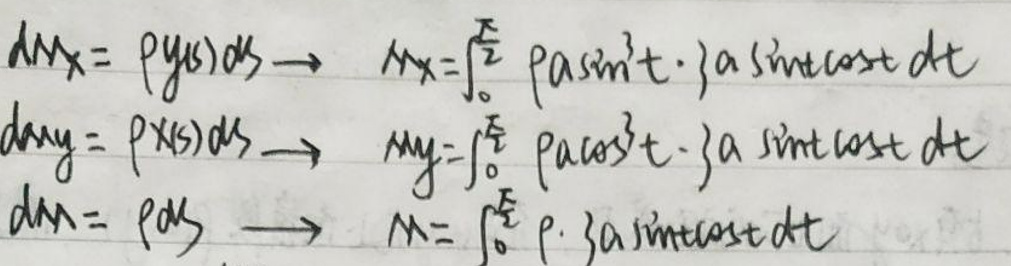
\[
\begin{align*}
dm_x &= \rho y(s)ds &\rightarrow m_x &= \int_{0}^{\frac{\pi}{2}} \rho a \sin^3 t \cdot a \sin t \cos t dt\\
dm_y &= \rho x(s)ds &\rightarrow m_y &= \int_{0}^{\frac{\pi}{2}} \rho a \cos^3 t \cdot a \sin t \cos t dt\\
dm &= \rho ds &\rightarrow m &= \int_{0}^{\frac{\pi}{2}} \rho \cdot a \sin t \cos t dt
\end{align*}
\]